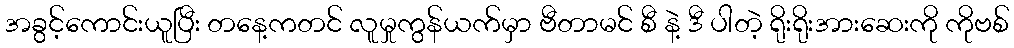
အခွင့်ကောင်းယူပြီး တနေ့ကတင် လူမှုကွန်ယက်မှာ ဗီတာမင် စီ နဲ့ ဒီ ပါတဲ့ ရိုးရိုးအားဆေးကို ကိုဗစ်